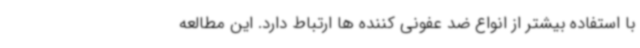
با استفاده بیشتر از انواع ضد عفونی کننده ها ارتباط دارد. این مطالعه